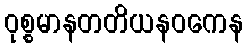
ဝုစ္စမာနတတိယနဝကေန